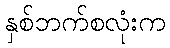
နှစ်ဘက်စလုံးက